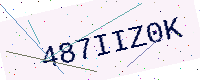
Text: 487IIZ0K